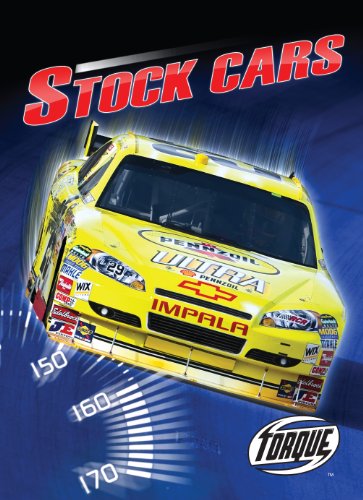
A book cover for Stock Cars (Torque Books: The World's Fastest); Denny Von Finn; Children's Books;